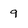
Character: 9